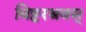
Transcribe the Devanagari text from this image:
विष्टरश्रवस्